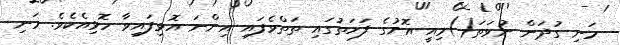
މަނި ގުދަން ނުވަތަ()މިއީ އޮށުގެ ފަހަތުގައި ތަތްވެފައި އިންނަ އޮޅިފައިވާ ހޮޅިއެކެވެ. މަނި